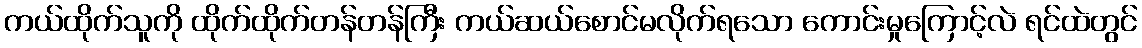
ကယ်ထိုက်သူကို ထိုက်ထိုက်တန်တန်ကြီး ကယ်ဆယ်စောင်မလိုက်ရသော ကောင်းမှုကြောင့်လဲ ရင်ထဲတွင်